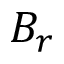
B _ { r }